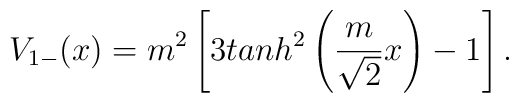
V_{1-}(x)=m^2\left[3tanh^2\left(\frac{m}{\sqrt{2}}x\right)-1\right].